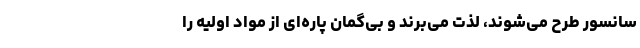
سانسور طرح می‌شوند، لذت می‌برند و بی‌گمان پاره‌ای از مواد اولیه را